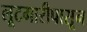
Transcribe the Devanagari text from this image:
लूटमारीपासून